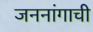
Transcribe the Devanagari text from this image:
जननांगाची